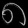
Digit: ၈